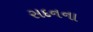
સદનના